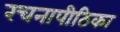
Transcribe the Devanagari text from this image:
रचनापीठिका